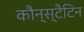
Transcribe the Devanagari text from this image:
कौन्स्टैटिन